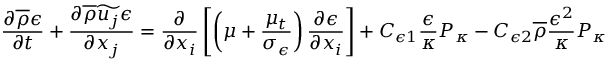
\frac { \partial \overline { { \rho } } \epsilon } { \partial t } + \frac { \partial \overline { { \rho } } \widetilde { u _ { j } } \epsilon } { \partial x _ { j } } = \frac { \partial } { \partial x _ { i } } \left[ \left( \mu + \frac { \mu _ { t } } { \sigma _ { \epsilon } } \right) \frac { \partial \epsilon } { \partial x _ { i } } \right] + C _ { \epsilon 1 } \frac { \epsilon } { \kappa } P _ { \kappa } - C _ { \epsilon 2 } \overline { { \rho } } \frac { \epsilon ^ { 2 } } { \kappa } P _ { \kappa }